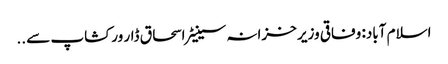
اسلام آباد: وفاقی وزیر خزانہ سینیٹر اسحاق ڈار ورکشاپ سے ..